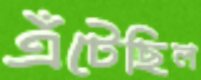
এঁটেছিল